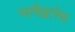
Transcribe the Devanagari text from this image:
भाषेद्वारेच